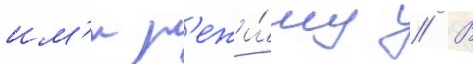
им'и р'ежи́му // В